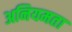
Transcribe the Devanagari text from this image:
अनियमता